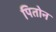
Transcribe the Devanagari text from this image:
पितोन